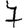
Digit: 7